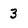
Character: 3